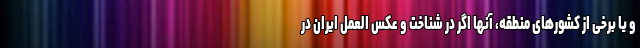
و یا برخی از کشورهای منطقه، آنها اگر در شناخت و عکس العمل ایران در